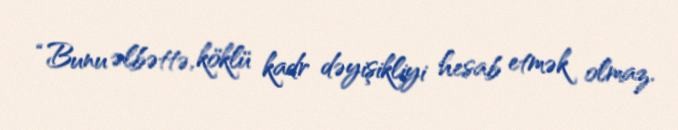
“Bunu əlbəttə, köklü kadr dəyişikliyi hesab etmək olmaz.